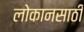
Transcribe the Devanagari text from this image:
लोकानसाठी